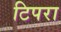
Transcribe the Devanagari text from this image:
टिपरा